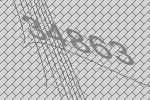
34863